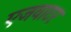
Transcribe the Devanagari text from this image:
एजवाटर